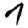
Digit: 7